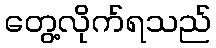
တွေ့လိုက်ရသည်